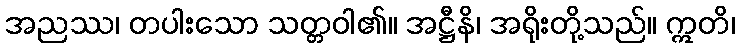
အညဿ၊ တပါးသော သတ္တဝါ၏။ အဋ္ဌီနိ၊ အရိုးတို့သည်။ ဣတိ၊